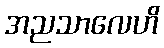
အညသာလေဟိ